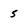
Character: 5